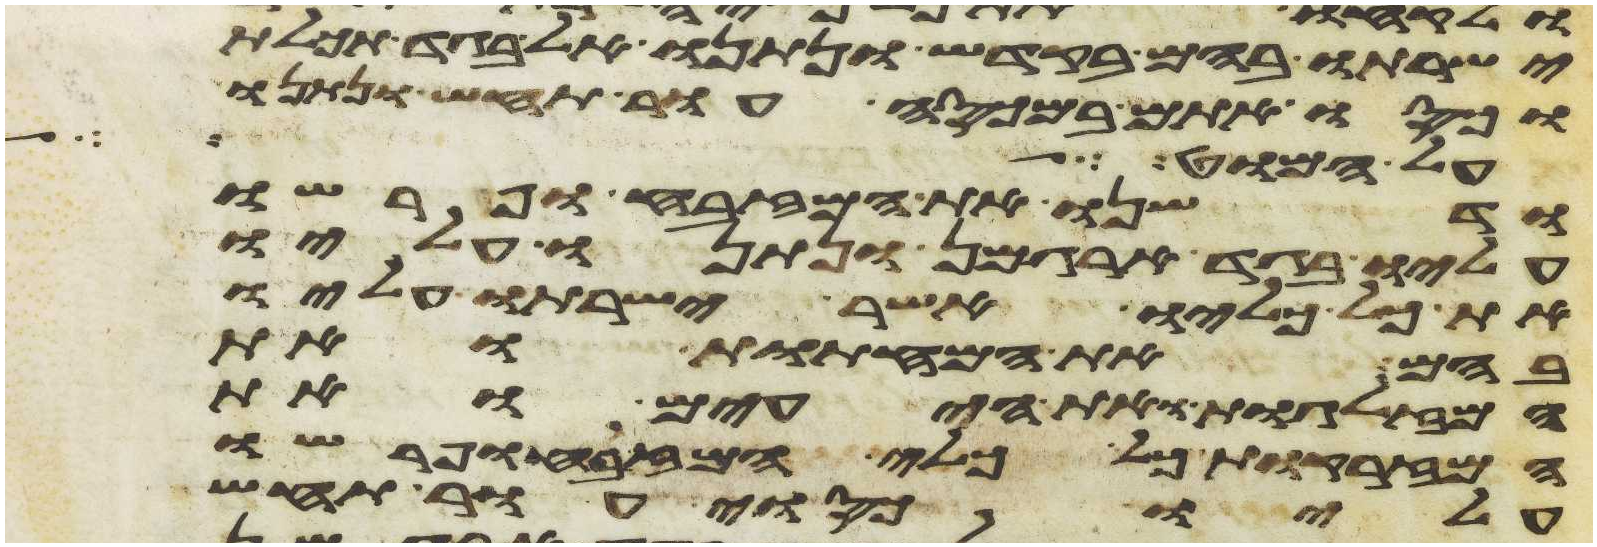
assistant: ישרתו בהם בקדש ונתנו אל בגד תכלת
וכסו אתם במכסה עור תחש ונתנו
על המוט ועל
ודשנו את המזבח ופרשו
עליו בגד ארגמן ונתנו עליו
את כל כליו אשר ישרתו עליו
בהם את המחתות ואת
המזלגות ואת היעים ואת
המזרקות כל כלי המזבח ופרשו
עליו כסוי עור תחש